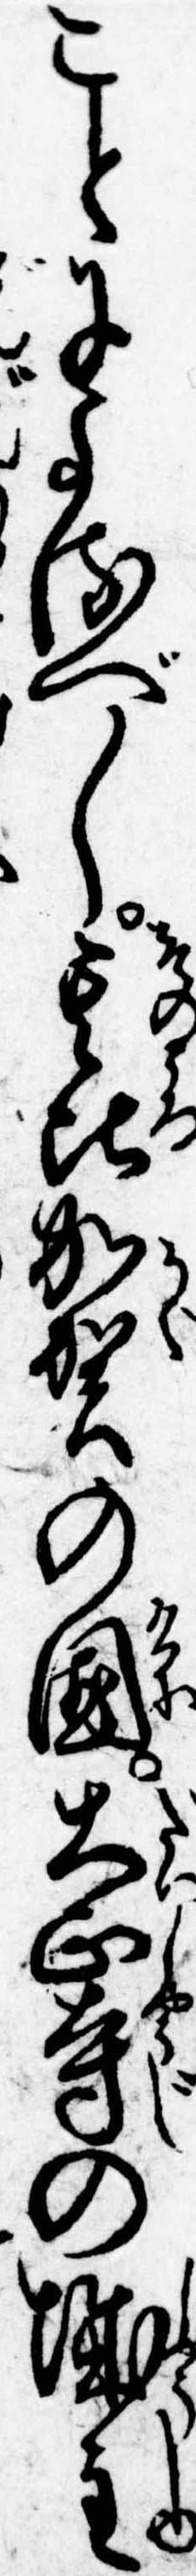
ことによるべし其頃加賀の国大正寺の城主